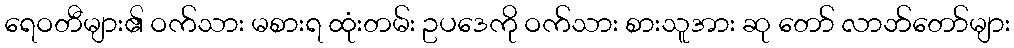
ရေဝတီများ၏ ဝက်သား မစားရ ထုံးတမ်း ဥပဒေကို ဝက်သား စားသူအား ဆု တော် လာဘ်တော်များ